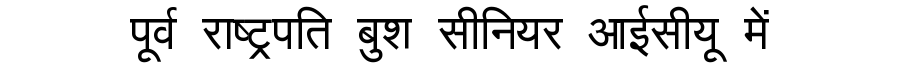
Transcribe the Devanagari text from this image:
पूर्व राष्ट्रपति बुश सीनियर आईसीयू में